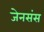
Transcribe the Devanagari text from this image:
जेनसंस